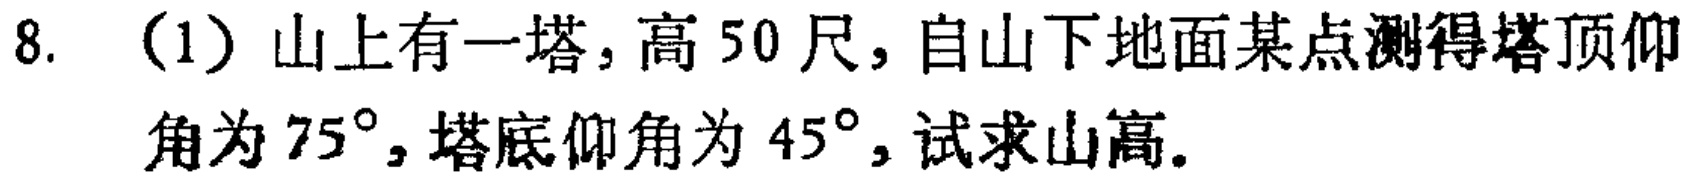
8. （1）山上有一塔，高 50 尺，自山下地面某点测得塔顶仰角为 \(75^{\circ}\)，塔底仰角为 \(45^{\circ}\)，试求山高。